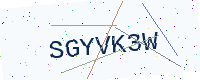
Text: SGYVK3W